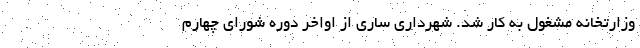
وزارتخانه مشغول به کار شد. شهرداری ساری از اواخر دوره شورای چهارم